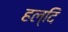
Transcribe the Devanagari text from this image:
हल्दि